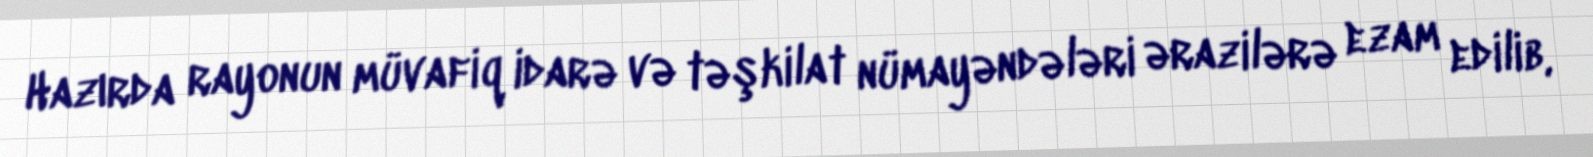
Hazırda rayonun müvafiq idarə və təşkilat nümayəndələri ərazilərə ezam edilib,